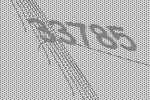
33785